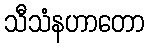
သီသံနဟာတော